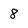
Character: 8